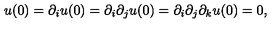
u ( 0 ) = \partial _ { i } u ( 0 ) = \partial _ { i } \partial _ { j } u ( 0 ) = \partial _ { i } \partial _ { j } \partial _ { k } u ( 0 ) = 0 ,